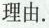
理由。